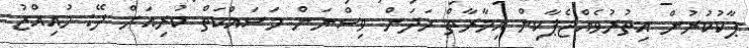
ޕާކުކުރުން އިތުރުވެއްޖެޕާކިން އިމާރާތް ހަދަން ވިސްނަން މަސައްކަތް ކުރިއަށް ދޭ: މުއިއްޒު